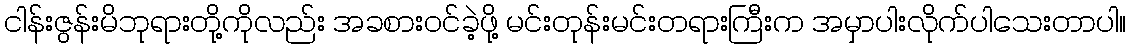
ငါန်းဇွန်းမိဘုရားတို့ကိုလည်း အခစားဝင်ခဲ့ဖို့ မင်းတုန်းမင်းတရားကြီးက အမှာပါးလိုက်ပါသေးတာပါ။